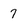
Character: 7